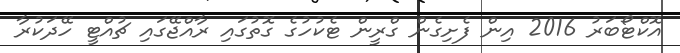
އޮކްޓޯބަރު 2016 އިން ފެށިގެން ގްރީން ޓެކުހުގެ ގޮތުގައި ރާއްޖޭގައި ޗުއްޓީ ހޭދަކުރާ